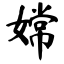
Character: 嫦